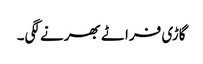
گاڑی فراٹے بھرنے لگی۔